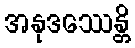
အနုဒဿေန္တိ